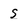
Character: s